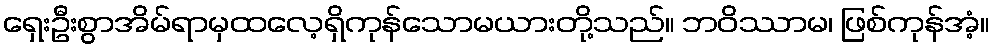
ရှေးဦးစွာအိမ်ရာမှထလေ့ရှိကုန်သောမယားတို့သည်။ ဘဝိဿာမ၊ ဖြစ်ကုန်အံ့။